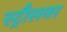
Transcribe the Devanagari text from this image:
स्ट्रौसनर